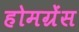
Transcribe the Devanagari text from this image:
होमग्रेंस